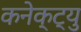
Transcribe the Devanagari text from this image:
कनेक्ट्यु